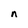
Character: n